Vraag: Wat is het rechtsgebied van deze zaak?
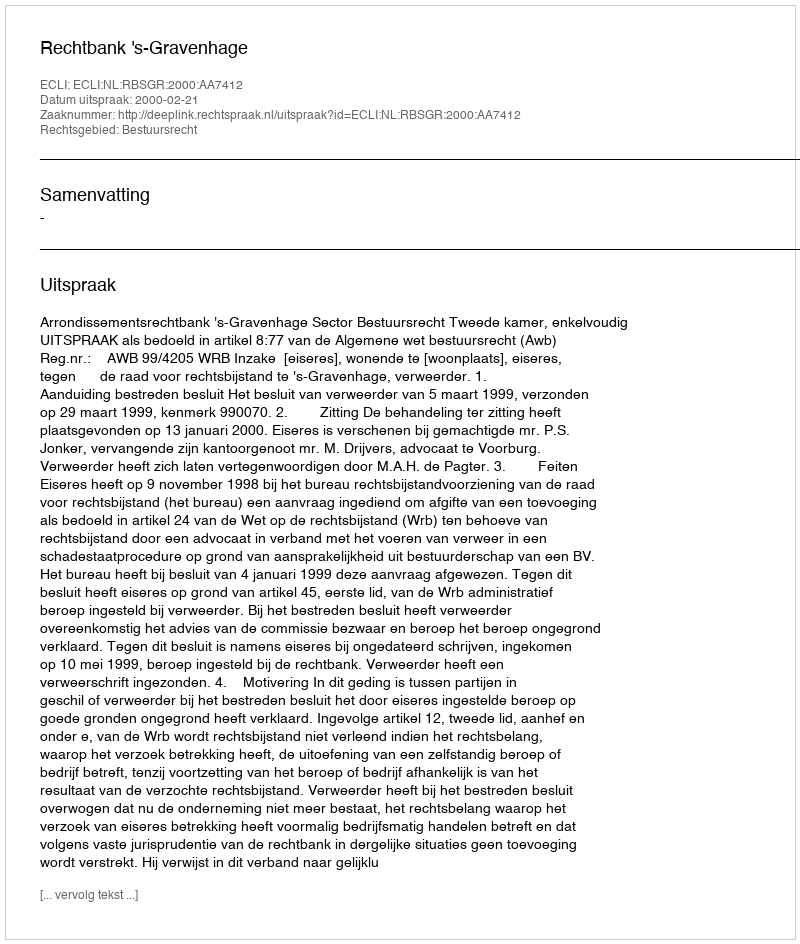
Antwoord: Bestuursrecht